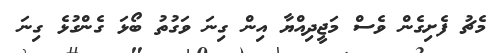
މެޗު ފެށިގެން ވެސް މަޖީދިއްޔާ އިން ގިނަ ވަގުތު ބޯޅަ ގެންގުޅެ ގިނަ